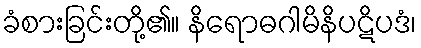
ခံစားခြင်းတို့၏။ နိရောဓဂါမိနိပဋိပဒံ၊